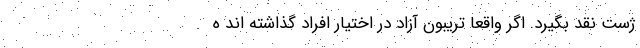
ژست نقد بگیرد. اگر واقعا تریبون آزاد در اختیار افراد گذاشته اند ه